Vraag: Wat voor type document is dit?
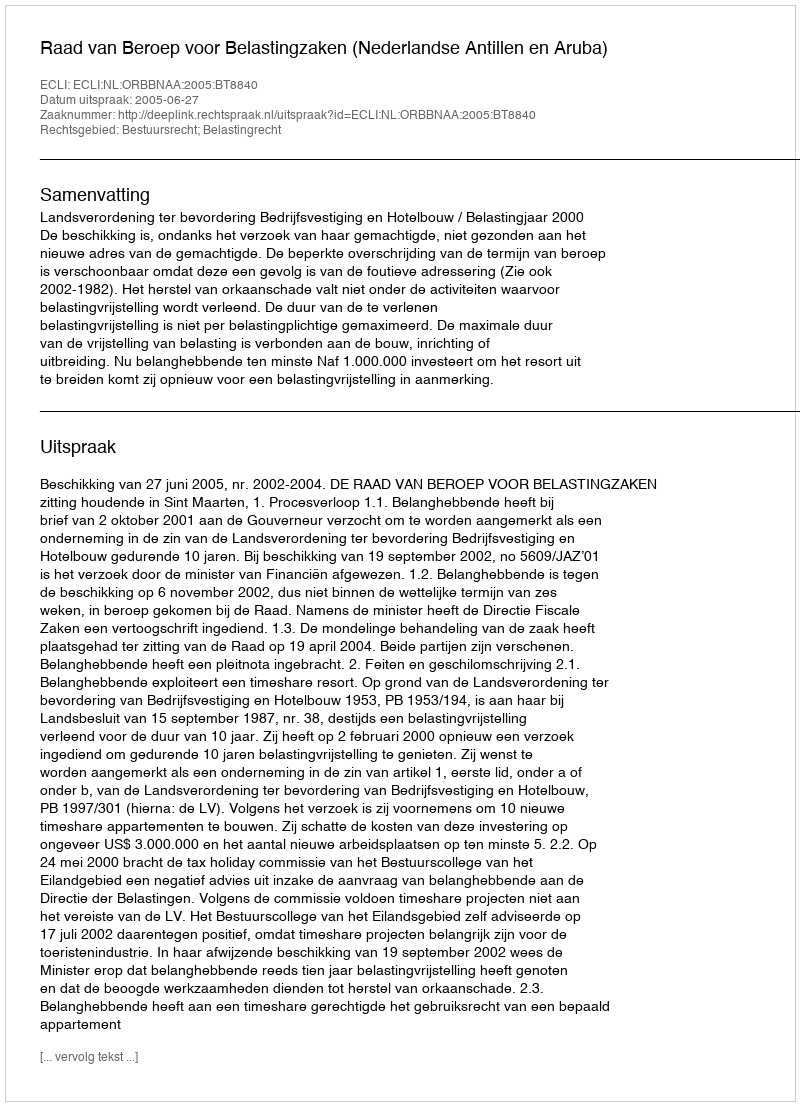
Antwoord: Uitspraak